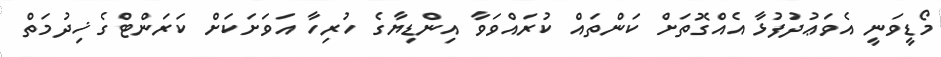
މޯޑީވަނީ އެވަޢުދުފުޅާ އެއްގޮތަށް ކަންތައް ކުރައްވަވާ އިންޑިޔާގެ ހުރިހާ އަވަށަކަށް ކަރަންޓްގެ ޚިދުމަތް